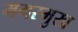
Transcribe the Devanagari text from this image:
मगरमुख